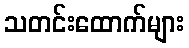
သတင်းထောက်များ